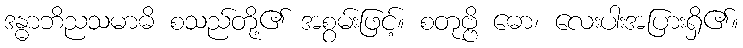
ဒန္ဓာဘိညသမာဓိ စသည်တို့၏ အစွမ်းဖြင့်။ စတုဗ္ဗိ ဓော၊ လေးပါးအပြားရှိ၏။